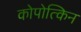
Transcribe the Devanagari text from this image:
कोपोत्किन